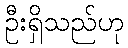
ဦးရှိသည်ဟု